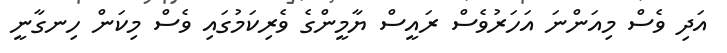
އަދި ވެސް މިއަންނަ އަހަރުވެސް ރައީސް ޔާމީންގެ ވެރިކަމުގައި ވެސް މިކަން ހިނގާނީ